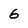
Character: 6